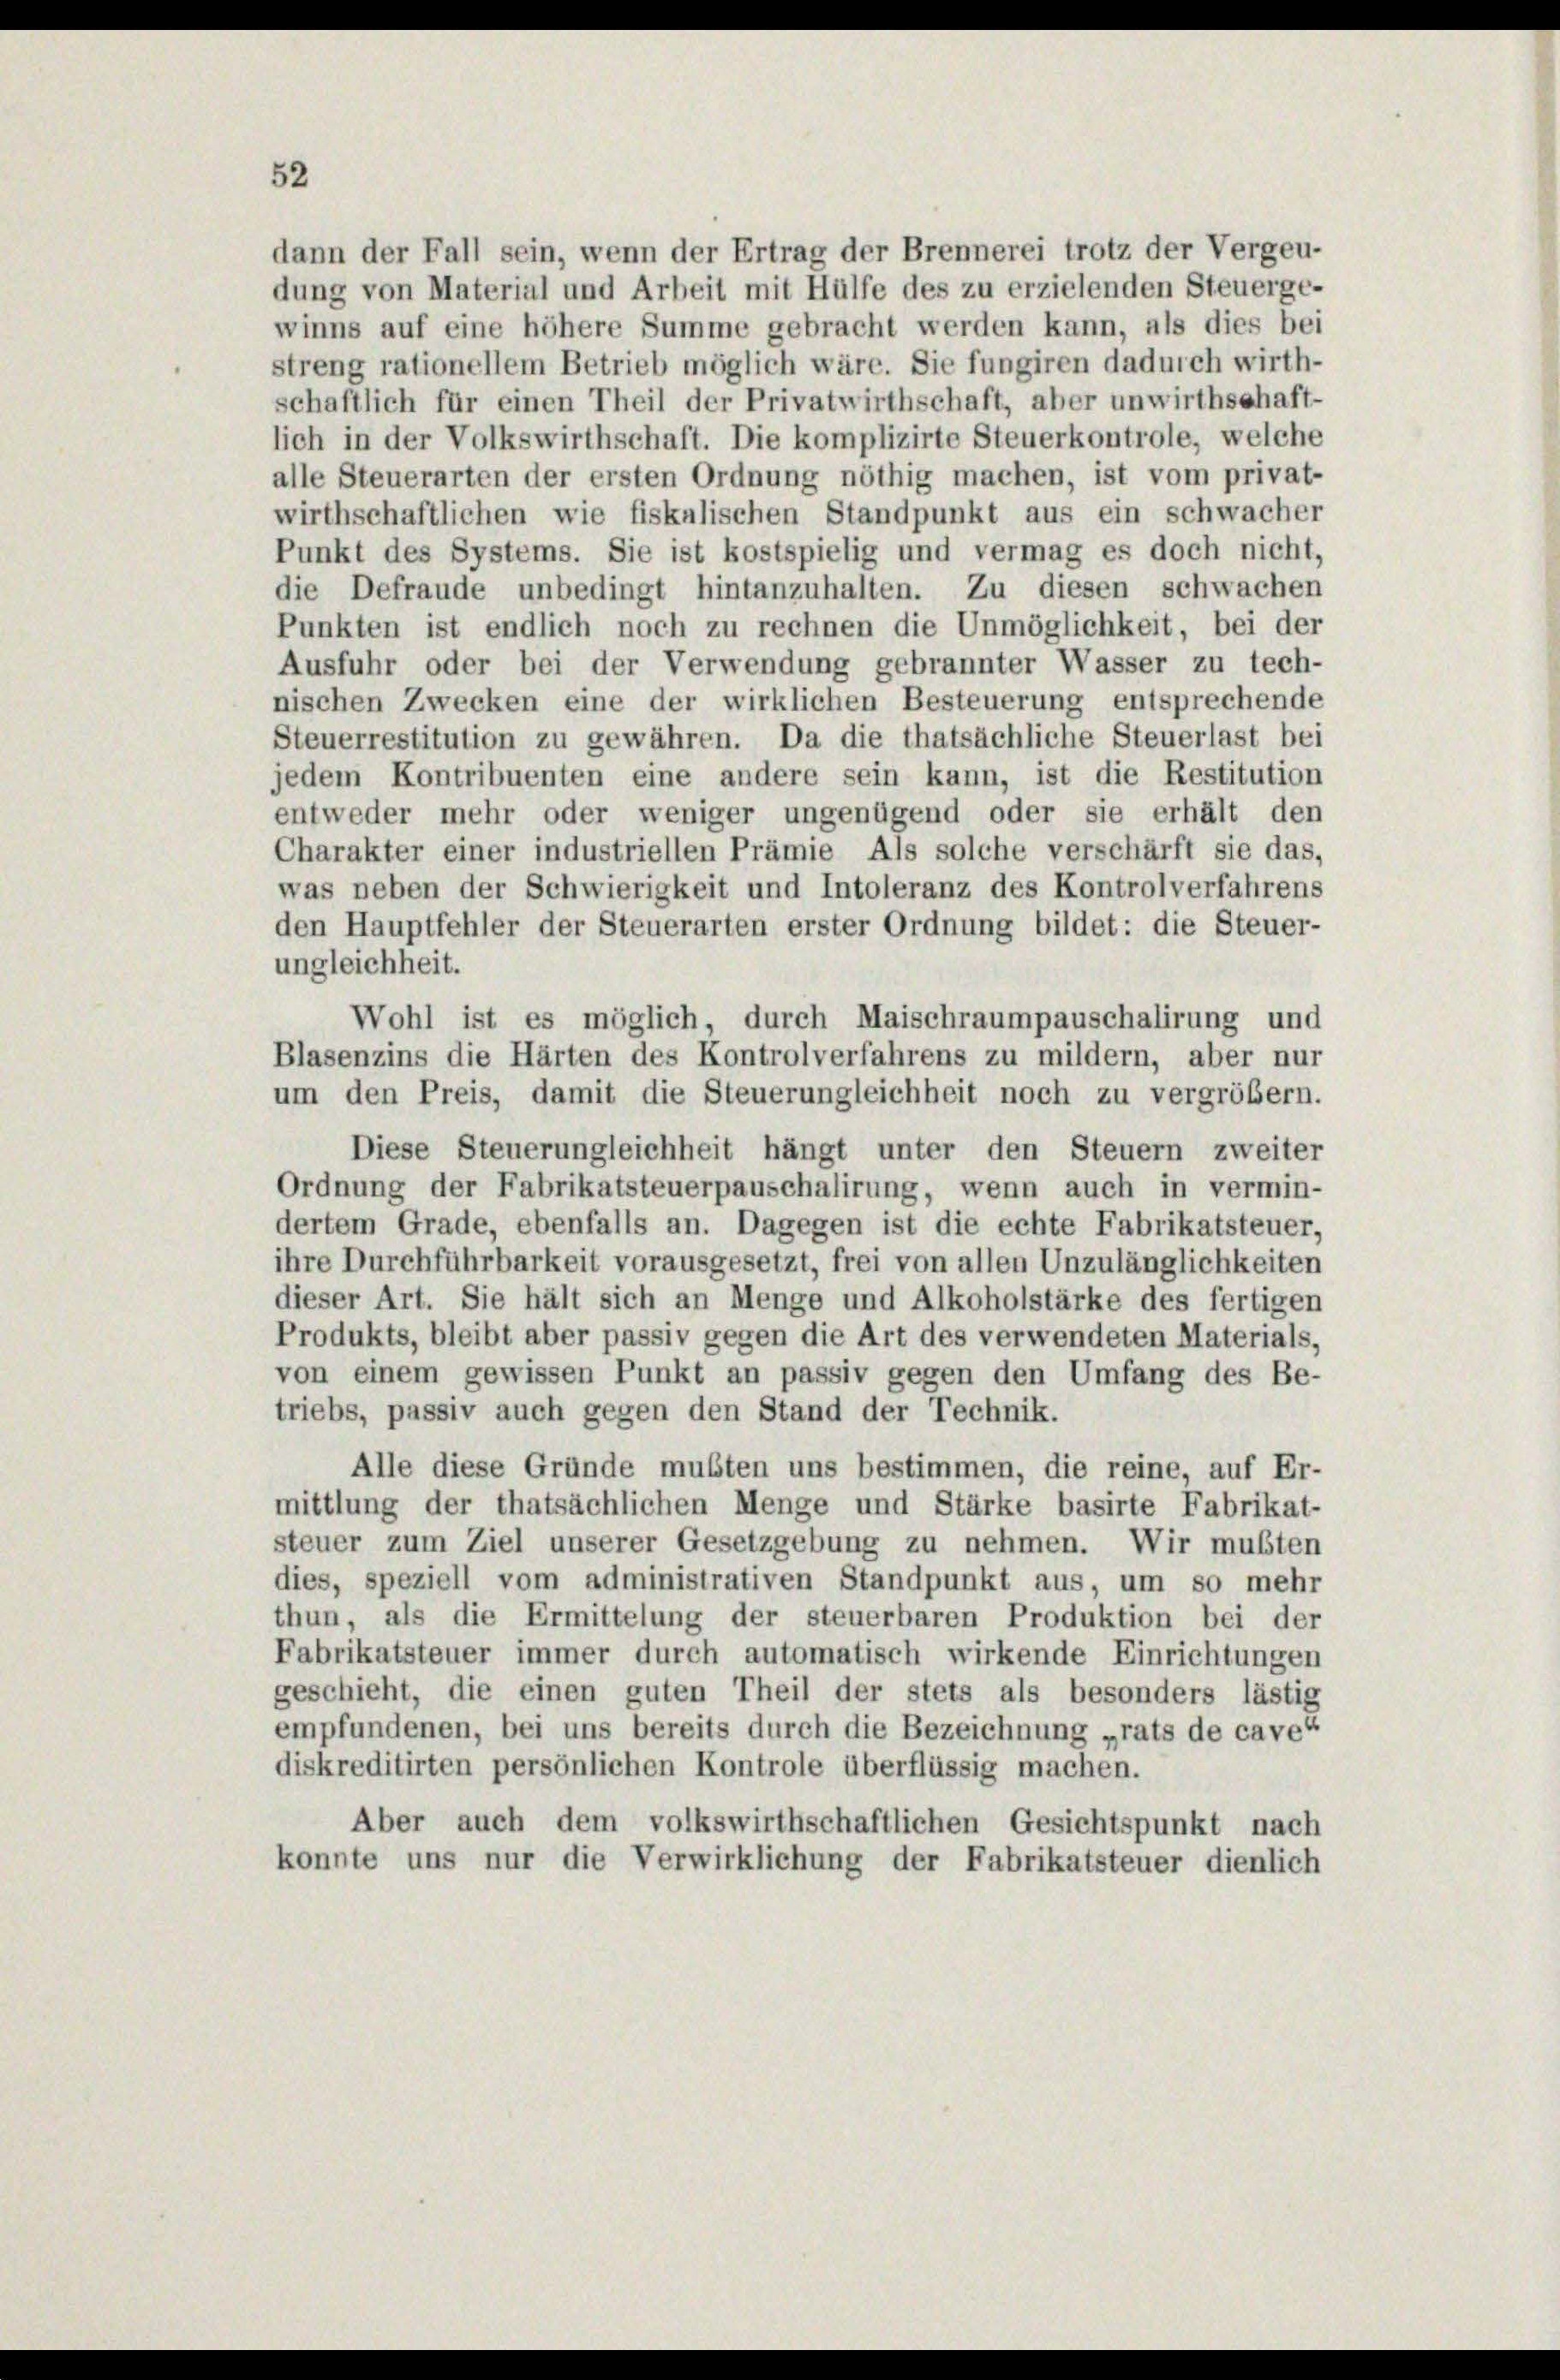
52

dann der Fall sein, wenn der Ertrag der Brennerei trotz der Vergeu-
dung von Material und Arbeit mit Hülfe des zu erzielenden Steuerge-
winns auf eine höhere Summe gebracht werden kann, als dies bei
streng rationellem Betrieb möglich wäre. Sie fungiren dadurch wirth-
schaftlich für einen Theil der Privatwirthschaft, aber unwirthschaft-
lich in der Volkswirthschaft. Die komplizirte Steuerkontrole, welche
alle Steuerarten der ersten Ordnung nöthig machen, ist vom privat-
wirthschaftlichen wie fiskalischen Standpunkt aus ein schwacher
Punkt des Systems. Sie ist kostspielig und vermag es doch nicht,
die Defraude unbedingt hintanzuhalten. Zu diesen schwachen
Punkten ist endlich noch zu rechnen die Unmöglichkeit, bei der
Ausfuhr oder bei der Verwendung gebrannter Wasser zu tech-
nischen Zwecken eine der wirklichen Besteuerung entsprechende
Steuerrestitution zu gewähren. Da die thatsächliche Steuerlast bei
jedem Kontribuenten eine andere sein kann, ist die Restitution
entweder mehr oder weniger ungenügend oder sie erhält den
Charakter einer industriellen Prämie Als solche verschärft sie das,
was neben der Schwierigkeit und Intoleranz des Kontrolverfahrens
den Hauptfehler der Steuerarten erster Ordnung bildet: die Steuer-
ungleichheit.
Wohl ist es möglich, durch Maischraumpauschalirung und
Blasenzins die Härten des Kontrolverfahrens zu mildern, aber nur
um den Preis, damit die Steuerungleichheit noch zu vergrößern.
Diese Steuerungleichheit hängt unter den Steuern zweiter
Ordnung der Fabrikatsteuerpauschalirung, wenn auch in vermin-
dertem Grade, ebenfalls an. Dagegen ist die echte Fabrikatsteuer,
ihre Durchführbarkeit vorausgesetzt, frei von allen Unzulänglichkeiten
dieser Art. Sie hält sich an Menge und Alkoholstärke des fertigen
Produkts, bleibt aber passiv gegen die Art des verwendeten Materials,
von einem gewissen Punkt an passiv gegen den Umfang des Be-
triebs, passiv auch gegen den Stand der Technik.
Alle diese Gründe mußten uns bestimmen, die reine, auf Er-
mittlung der thatsächlichen Menge und Stärke basirte Fabrikat-
steuer zum Ziel unserer Gesetzgebung zu nehmen. Wir mußten
dies, speziell vom administrativen Standpunkt aus, um so mehr
thun, als die Ermittelung der steuerbaren Produktion bei der
Fabrikatsteuer immer durch automatisch wirkende Einrichtungen
geschieht, die einen guten Theil der stets als besonders lästig
empfundenen, bei uns bereits durch die Bezeichnung „rats de cave“
diskreditirten persönlichen Kontrole überflüssig machen.
Aber auch dem volkswirthschaftlichen Gesichtspunkt nach
konnte uns nur die Verwirklichung der Fabrikatsteuer dienlich